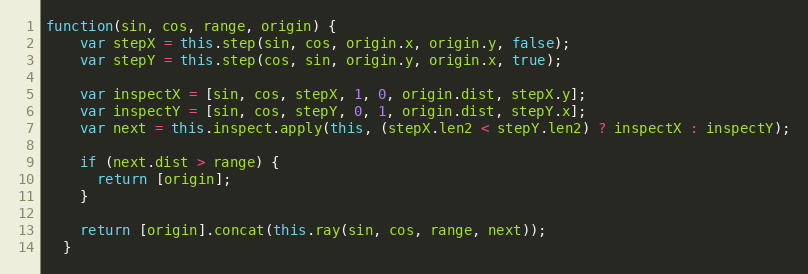
Language: JavaScript
function(sin, cos, range, origin) {
    var stepX = this.step(sin, cos, origin.x, origin.y, false);
    var stepY = this.step(cos, sin, origin.y, origin.x, true);

    var inspectX = [sin, cos, stepX, 1, 0, origin.dist, stepX.y];
    var inspectY = [sin, cos, stepY, 0, 1, origin.dist, stepY.x];
    var next = this.inspect.apply(this, (stepX.len2 < stepY.len2) ? inspectX : inspectY);

    if (next.dist > range) {
      return [origin];
    }

    return [origin].concat(this.ray(sin, cos, range, next));
  }